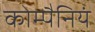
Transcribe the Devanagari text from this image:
कोम्पैनियं